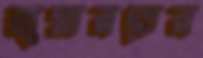
জুমারতের